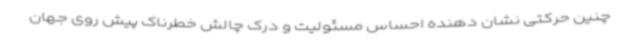
چنین حرکتی نشان دهنده احساس مسئولیت و درک چالش خطرناک پیش روی جهان